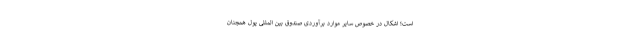
است؛ اشکال در خصوص سایر موارد برآوردی صندوق بین المللی پول همچنان